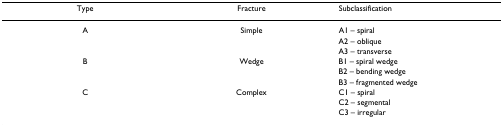
<table><thead><tr><td><b>Type</b></td><td><b>Fracture</b></td><td><b>Subclassification</b></td></tr></thead><tbody><tr><td>A</td><td>Simple</td><td>A1 – spiral</td></tr><tr><td></td><td></td><td>A2 – oblique</td></tr><tr><td></td><td></td><td>A3 – transverse</td></tr><tr><td>B</td><td>Wedge</td><td>B1 – spiral wedge</td></tr><tr><td></td><td></td><td>B2 – bending wedge</td></tr><tr><td></td><td></td><td>B3 – fragmented wedge</td></tr><tr><td>C</td><td>Complex</td><td>C1 – spiral</td></tr><tr><td></td><td></td><td>C2 – segmental</td></tr><tr><td></td><td></td><td>C3 – irregular</td></tr></tbody></table>